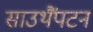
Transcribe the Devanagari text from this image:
साउथैंपटन